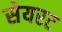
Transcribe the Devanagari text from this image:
सेयरट